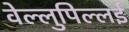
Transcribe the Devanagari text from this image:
वेल्लुपिल्लई